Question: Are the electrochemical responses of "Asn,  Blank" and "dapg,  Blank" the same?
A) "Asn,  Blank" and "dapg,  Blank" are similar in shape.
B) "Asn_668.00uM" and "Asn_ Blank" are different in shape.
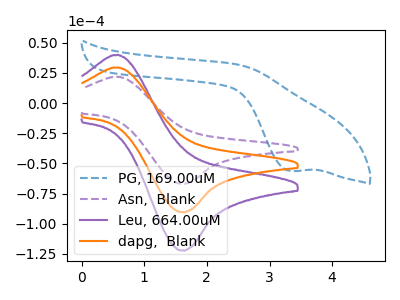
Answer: <think>The blue dashed curve "PG, 169.00uM" has a cathodic peak at: (3.35V, -56.30uA). The purple dashed curve "Asn,  Blank" has an anodic peak at (0.60V, 21.80uA) and a cathodic peak at (1.60V, -66.70uA). The purple curve "Leu, 664.00uM" has an anodic peak at (0.60V, 58.90uA) and a cathodic peak at (1.60V, -180.35uA). The orange curve "dapg,  Blank" has an anodic peak at (0.60V, 29.45uA) and a cathodic peak at (1.60V, -90.15uA).
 All the peaks in "Asn,  Blank" have a peak in "dapg,  Blank" at the same potential. Every peak in "Asn,  Blank" is lower than every peak in "dapg,  Blank".</think>
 <answer>A) "Asn,  Blank" and "dapg,  Blank" are similar in shape.</answer>
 <eval>A</eval>